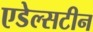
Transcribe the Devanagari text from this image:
एडेल्सटीन